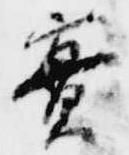
実